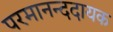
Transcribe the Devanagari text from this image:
परमानन्ददायक